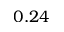
0 . 2 4